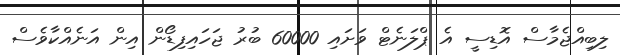
ލިބިއްޖެމާސް އޮޑިސީ އެ ޕްލަނެޓް ވަށައި 60000 ބުރު ޖަހައިފިޑޯން އިން އަނެއްކާވެސް